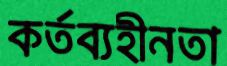
কর্তব্যহীনতা